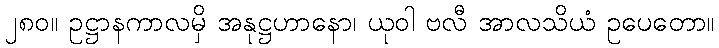
၂၈၀။ ဥဋ္ဌာနကာလမှိ အနုဋ္ဌဟာနော၊ ယုဝါ ဗလီ အာလသိယံ ဥပေတော။